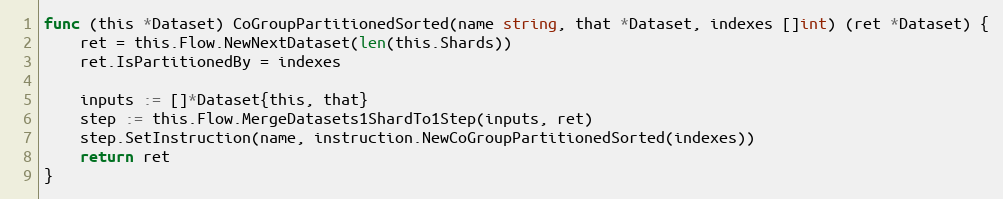
Language: Go
func (this *Dataset) CoGroupPartitionedSorted(name string, that *Dataset, indexes []int) (ret *Dataset) {
	ret = this.Flow.NewNextDataset(len(this.Shards))
	ret.IsPartitionedBy = indexes

	inputs := []*Dataset{this, that}
	step := this.Flow.MergeDatasets1ShardTo1Step(inputs, ret)
	step.SetInstruction(name, instruction.NewCoGroupPartitionedSorted(indexes))
	return ret
}